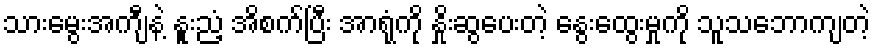
သားမွေးအကျီနဲ့ နူးညံ့ အိစက်ပြီး အာရုံကို နှိုးဆွပေးတဲ့ နွေးထွေးမှုကို သူသဘောကျတဲ့